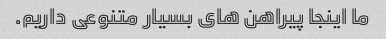
ما اینجا پیراهن های بسیار متنوعی داریم.